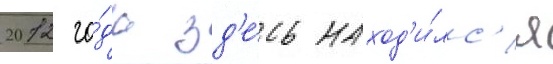
2012 го́да зд'е́сь наход'и́лс'я